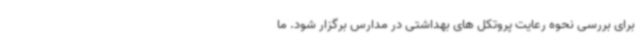
برای بررسی نحوه رعایت پروتکل های بهداشتی در مدارس برگزار شود. ما